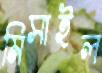
মিসাইল